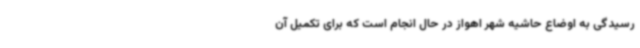
رسیدگی به اوضاع حاشیه‌ ‌شهر اهواز در حال انجام است که برای تکمیل آن